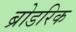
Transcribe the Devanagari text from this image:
ब्रोडरिक